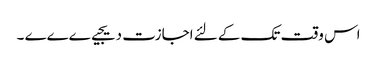
اس وقت تک کے لئے اجازت دیجیےےےے ۔